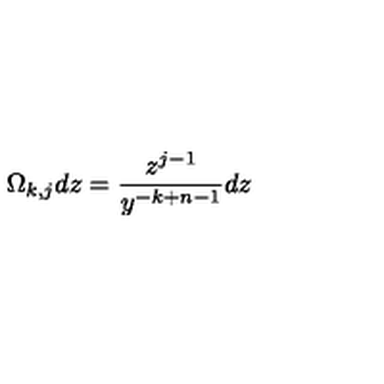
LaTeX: \Omega _ { k , j } d z = { \frac { z ^ { j - 1 } } { y ^ { - k + n - 1 } } } d z